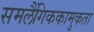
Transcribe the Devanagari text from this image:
समलैंगिककामुकता